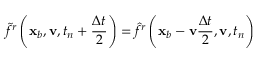
\widetilde { f } ^ { r } \left( \mathbf x _ { b } , \mathbf v , t _ { n } + \frac { \Delta t } { 2 } \right) = \hat { f } ^ { r } \left( \mathbf x _ { b } - \mathbf v \frac { \Delta t } { 2 } , \mathbf v , t _ { n } \right)